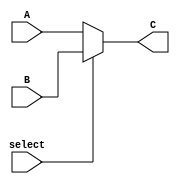
`timescale 1ns/1ns
module MUX_2(input select,input[4:0] A,B,output[4:0] C);
  assign C=select?B:A;
endmodule